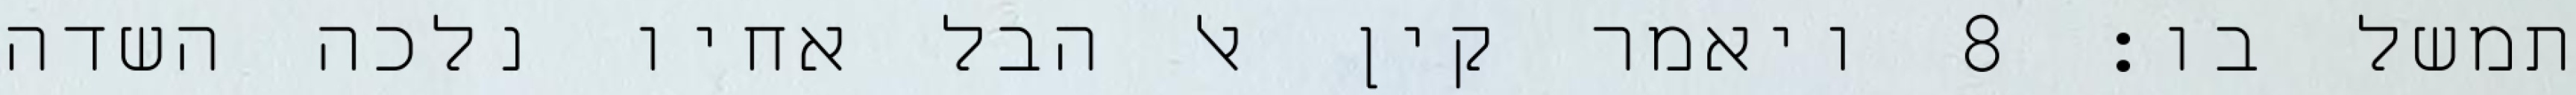
תמשל בו׃ ‎8‏ ויאמר קין אל הבל אחיו נלכה השדה